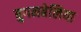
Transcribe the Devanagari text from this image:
बुगनबेलिया